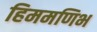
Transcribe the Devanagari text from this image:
हिममणिभ